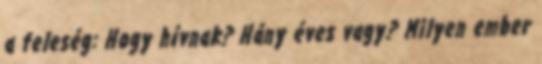
a feleség: Hogy hívnak? Hány éves vagy? Milyen ember